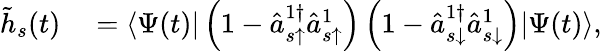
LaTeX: \begin{array}{rl}{\tilde{h}_{s}(t)}&{{}=\langle\Psi(t)|\left(1-\hat{a}_{s\uparrow}^{1\dagger}\hat{a}_{s\uparrow}^{1}\right)\left(1-\hat{a}_{s\downarrow}^{1\dagger}\hat{a}_{s\downarrow}^{1}\right)|\Psi(t)\rangle,}\end{array}